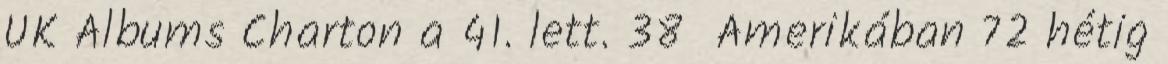
UK Albums Charton a 41. lett. 38 Amerikában 72 hétig